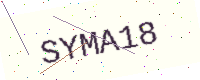
Text: SYMA18